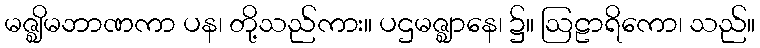
မဇ္ဈိမဘာဏကာ ပန၊ တို့သည်ကား။ ပဌမဇ္ဈာနေ၊ ၌။ ဩဠာရိကော၊ သည်။